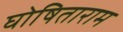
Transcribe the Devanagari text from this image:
घोषिताराम